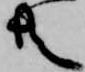
共